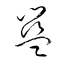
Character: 籃